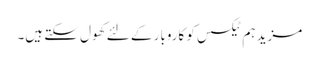
مزید ہم ٹیکسس کو کاروبار کے لئے کھول سکتے ہیں۔